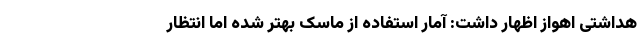
هداشتی اهواز اظهار داشت: آمار استفاده از ماسک بهتر شده اما انتظار